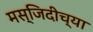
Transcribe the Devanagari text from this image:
मस्जिदीच्या